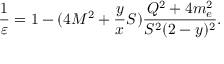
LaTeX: \frac { 1 } { \varepsilon } = 1 - ( 4 M ^ { 2 } + \frac { y } { x } S ) { \frac { Q ^ { 2 } + 4 m _ { e } ^ { 2 } } { S ^ { 2 } ( 2 - y ) ^ { 2 } } } .